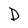
Character: D